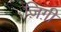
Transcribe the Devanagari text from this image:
ज़िग़ी